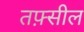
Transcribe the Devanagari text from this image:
तफ़्सील